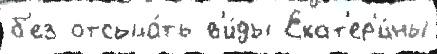
б'ез отсыла́ть в'и́ды Екат'ер'и́ны